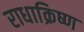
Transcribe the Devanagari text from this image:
राधाक्रिष्ण